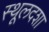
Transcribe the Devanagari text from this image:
स्थूलदशा